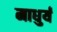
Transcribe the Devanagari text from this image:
माधुर्यं